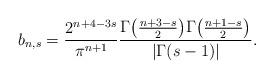
LaTeX: \begin{align*}b_{n,s}=\frac{2^{n+4-3s}}{\pi^{n+1}}\frac{\Gamma\big(\frac{n+3-s}{2}\big)\Gamma\big(\frac{n+1-s}{2}\big)}{|\Gamma(s-1)|}.\end{align*}